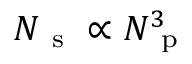
N _ { \mathrm { ~ s ~ } } \propto N _ { \mathrm { ~ p ~ } } ^ { 3 }